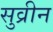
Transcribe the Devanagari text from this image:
सुव्रीन